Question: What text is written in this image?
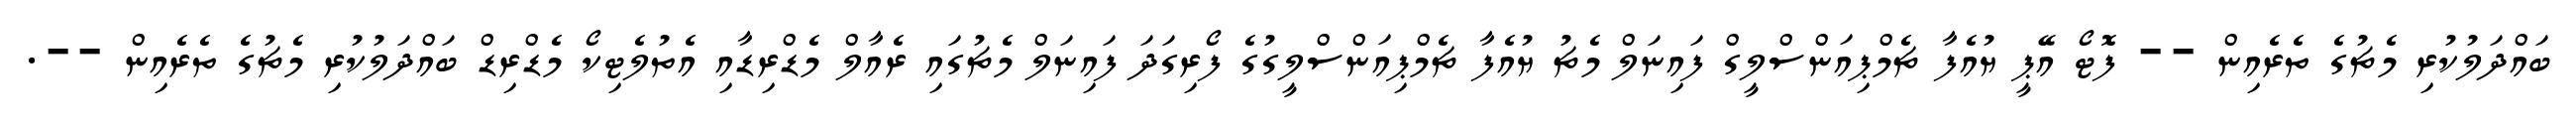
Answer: ބައްދަލުކުރި މެޗުގެ ތެރެއިން -- ފޮޓޯ އޭޕީ ޔުއެފާ ޗެމްޕިއަންސްލީގް ފައިނަލް މެޗު ޔުއެފާ ޗެމްޕިއަންސްލީގުގެ ފޯރިގަދަ ފައިނަލް މެޗުގައި ރެއާލް މެޑްރިޑާއި އެތުލެޓިކޯ މެޑްރިޑް ބައްދަލުކުރި މެޗުގެ ތެރެއިން --.